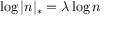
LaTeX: \log | n | _ { * } = \lambda \log n